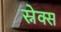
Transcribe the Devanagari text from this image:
स्नेक्स